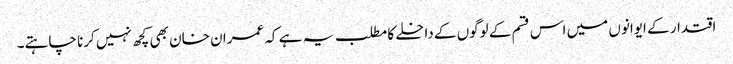
اقتدار کے ایوانوں میں اس قسم کے لوگوں کے داخلے کا مطلب یہ ہے کہ عمران خان بھی کچھ نہیں کرنا چاہتے۔